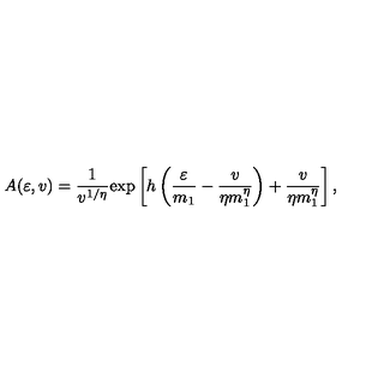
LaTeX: A ( \varepsilon , v ) = { \frac { 1 } { v ^ { 1 / \eta } } } \mathrm { e x p } \left[ h \left( { \frac { \varepsilon } { m _ { 1 } } } - { \frac { v } { \eta m _ { 1 } ^ { \eta } } } \right) + { \frac { v } { \eta m _ { 1 } ^ { \eta } } } \right] ,